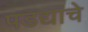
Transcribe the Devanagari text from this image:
पडद्याचे